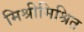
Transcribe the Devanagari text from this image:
मिश्रीमिश्रित